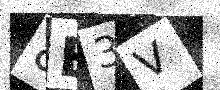
Text: 8E3V